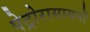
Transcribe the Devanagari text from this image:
पेट्रोरासायनों